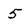
Character: 5